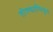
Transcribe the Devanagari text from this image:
तोल्काप्पियुम